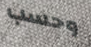
وحسب